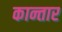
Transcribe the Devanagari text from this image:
कान्तार